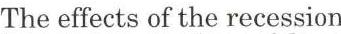
The effects of the recession